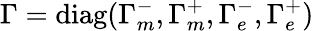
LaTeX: \Gamma=\mathrm{diag}(\Gamma_{m}^{-},\Gamma_{m}^{+},\Gamma_{e}^{-},\Gamma_{e}^{+})